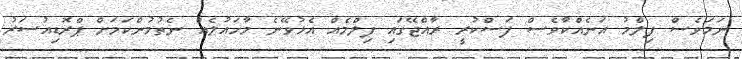
ނަމަވެސް ފިލްމު އަނެއްކާވެސް ފަސްކުރީ ރާއްޖޭގައި ފިލްމެއް އެޅުވޭނެ މާހައުލެއް ނެތުމުންކަމަށް ޕްރޮޑިއުސަރު